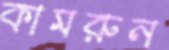
কামরুন